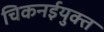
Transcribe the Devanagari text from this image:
चिकनईयुक्त